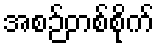
အစဉ်တစ်စိုက်